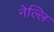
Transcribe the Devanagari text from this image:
नेल्लि